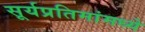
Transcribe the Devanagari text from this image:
सूर्यप्रतिमांमध्ये